Report on lock hospitals in British Burma
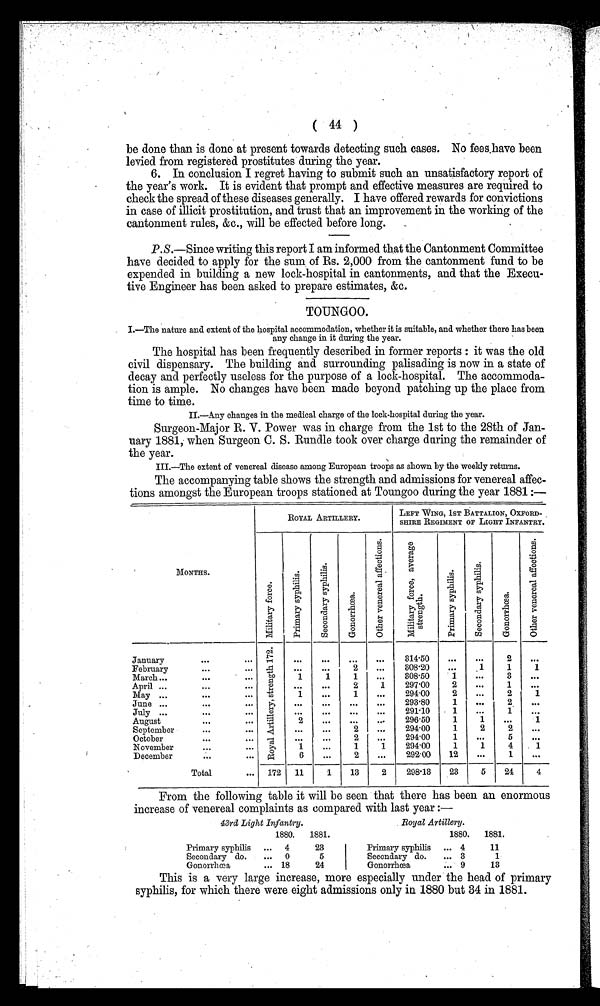
( 44 )
be done than is done at present towards detecting such cases. No fees have been
levied from registered prostitutes during the year.
6. In conclusion I regret having to submit such an unsatisfactory report of
the year's work. It is evident that prompt and effective measures are required to
check the spread of these diseases generally. I have offered rewards for convictions
in case of illicit prostitution, and trust that an improvement in the working of the
cantonment rules, &c., will be effected before long.
P.S.—Since writing this report I am informed that the Cantonment Committee
have decided to apply for the sum of Rs. 2,000 from the cantonment fund to be
expended in building a new lock-hospital in cantonments, and that the Execu-
tive Engineer has been asked to prepare estimates, &c.
TOUNGOO.
I.—The nature and extent of the hospital accommodation, whether it is suitable, and whether there has been
any change in it during the year.
The hospital has been frequently described in former reports : it was the old
civil dispensary. The building and surrounding palisading is now in a state of
decay and perfectly useless for the purpose of a lock-hospital. The accommoda-
tion is ample. No changes have been made beyond patching up the place from
time to time.
II.—Any changes in the medical charge of the lock-hospital during the year.
Surgeon-Major R. V. Power was in charge from the 1st to the 28th of Jan-
uary 1881, when Surgeon C. S. Rundle took over charge during the remainder of
the year.
III.—The extent of venereal di sease among European troops as shown by the weekl y returns.
The accompanying table shows the strength and admissions for venereal affec-
tions amongst the European troops stationed at Toungoo during the year 1881 :—
MONTHS.
.
ROYAL ARTI LLERY.
LEFT WING, 1ST BATTALION, OXFORD-
SHIRE REGIMENT OF LIGHT INFANTRY.
M i l i t a r y f o r c e .
P r i m a r y s y p h i l i s . S e c o n d a r y s y p h i l i s .
G o n o r r h o e a .
O t h e r v e n e r e a l a f f e c t i o n s .
M i l i t a r y f o r c e , a v e r a g e s t r e n g t h .
P r i m a r y s y p h i l i s .
S e c o n d a r y s y p h i l i s .
G o n o r r h o e a .
O t h e r v e n e r e a l a f f e c t i o n s .
January
...
...
R o y a l A r t i l l e r y , s t r e n g t h 1 7 2 .
. . . ...
. . .
. . .
314.50
. . .
. . .
2
...
February ... ...
. . .
. . .
2
. . .
308.20
. . .
1
1
1
aMarch...
1
1
1
. . .
308.50 . 1
. . .
3
. . .
April ...
... .....
. . .
. . .
2
1
297.00
2
. . .
1
. . .
May ...
...
1
. . .
1
. . .
294.00
2
. . .
2
1
June ...
...
. . .
. . .
. . .
. . . 293.80
1
...
2
. . .
July..
...
...
. .
. . .
. . .
. . .
291-10
1
. . .
1
. . .
August
...
...
2
. . .
. . .
. . . 296.50
1
1
....
1
September
...
...
. . .
. . .
2
. . .
294.00
1
2
2
. . .
. O c t o b e r
. . . . . .
. . .
. . .
2
. . .
294.00
1
. . .
5
...
November
.... ...
1
. .
1
1
294.00
1
1
4 . 1
December
...
...
6
. . .
2
. . . 292.00
12
. . .
1
. . .
Total
... 172 11
1
13
2
298.13
23
5
24
4
From the following table it will be seen that there has been an enormous
increase of venereal complaints as compared with last year :—
43rd Light Infantry.
Royal Artillery.
1880.
1881.
1880.
1881.
Primary syphilis ... 4
23
Primary syphilis ... 4
11
Secondary do.
.... 0
5
Secondary do.
... 3
1
Gonorrhoea
... 18
24
Gonorrhea
... 9
13
This is a very large increase, more especially under the head of primary
syphilis, for which there were eight admissions only in 1880 but 34 in 1881.